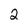
Character: 2